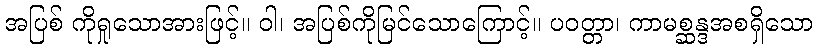
အပြစ် ကိုရှုသောအားဖြင့်။ ဝါ၊ အပြစ်ကိုမြင်သောကြောင့်။ ပဝတ္တာ၊ ကာမစ္ဆန္ဒအစရှိသော